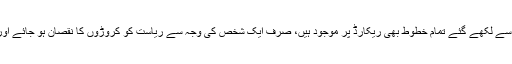
وزیراعظم سیکرٹریٹ کی جانب سے لکھے گئے تمام خطوط بھی ریکارڈ پر موجود ہیں، صرف ایک شخص کی وجہ سے ریاست کو کروڑوں کا نقصان ہو جائے اور وہ کہے میں نے کچھ نہیں کیا؟